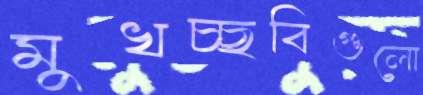
মুখচ্ছবিগুলো